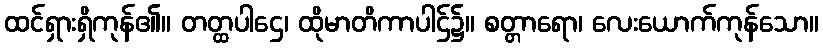
ထင်ရှားရှိကုန်၏။ တတ္ထပါဌေ၊ ထိုမာတိကာပါဌ်၌။ စတ္တာရော၊ လေးယောက်ကုန်သော။